Report of the Indian Hemp Drugs Commission, 1894-1895 - Volume IV
Year: 1894
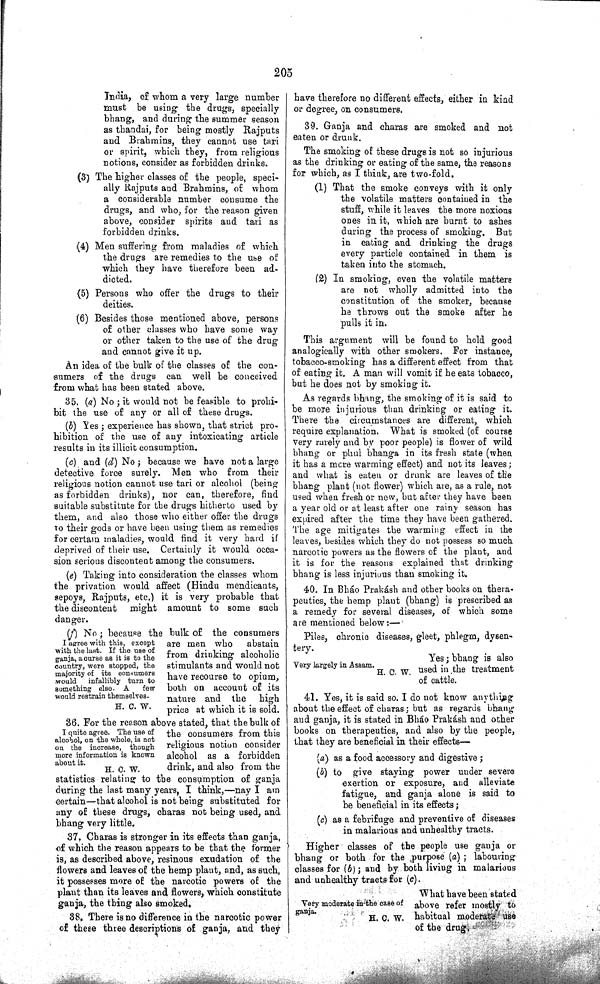
205
India, of whom a very large number
must be using the drugs, specially
bhang, and during the summer season
as thandai, for being mostly Rajputs
and Brahmins, they cannot use tari
or spirit, which they, from religious
notions, consider as forbidden drinks.
(3) The higher classes of the people, speci-
ally Rajputs and Brahmins, of whom
a considerable number consume the
drugs, and who, for the reason given
above, consider spirits and tari as
forbidden drinks.
(4) Men suffering from maladies of which
the drugs are remedies to the use of
which they have therefore been ad-
dicted.
(5) Persons who offer the drugs to their
deities.
(6) Besides those mentioned above, persons
of other classes who have some way
or other taken to the use of the drug
and cannot give it up.
An idea of the bulk of the classes of the con-
sumers of the drugs can well be conceived
from what has been stated above.
35. (a) No; it would not be feasible to prohi-
bit the use of any or all of these drugs.
(b) Yes; experience has shown, that strict pro-
hibition of the use of any intoxicating article
results in its illicit consumption.
(c) and (d) No; because we have not a large
detective force surely. Men who from their
religious notion cannot use tari or alcohol (being
as forbidden drinks), nor can, therefore, find
suitable substitute for the drugs hitherto used by
them, and also those who either offer the drugs
to their gods or have been using them as remedies
for certain maladies, would find it very hard if
deprived of their use. Certainly it would occa-
sion serious discontent among the consumers.
(e) Taking into consideration the classes whom
the privation would affect (Hindu mendicants,
sepoys, Rajputs, etc.) it is very probable that
the discontent
might amount to some such
danger.
I agree with this, except
with the last. If the use of
ganja, a curse as it is to the
country, were stopped, the
majority of its consumers
would
infallibly turn to
something else. A
few
would restrain themselves.
H. C. W.
(f) No; because the bulk of the consumers
are men who
abstain
from drinking alcoholic
stimulants and would not
have recourse to opium,
both on account of its
nature and the
high
price at which it is sold.
I quite agree. The use of
alcohol, on the whole, is not
on the increase, though
more information is known
about it.
H. C. W.
36. For the reason above stated, that the bulk of
the consumers from this
religious notion consider
alcohol as a forbidden
drink, and also from the
statistics relating to the consumption of ganja
during the last many years, I think,—nay I am
certain—that alcohol is not being substituted for
any of these drugs, charas not being used, and
bhang very little.
37. Charas is stronger in its effects than ganja,
of which the reason appears to be that the former
is, as described above, resinous exudation of the
flowers and leaves of the hemp plant, and, as such,
it possesses more of the narcotic powers of the
plant than its leaves and flowers, which constitute
ganja, the thing also smoked.
38. There is no difference in the narcotic power
of these three descriptions of ganja, and they
have therefore no different effects, either in kind
or degree, on consumers.
39. Ganja and charas are smoked and not
eaten or drunk.
The smoking of these drugs is not so injurious
as the drinking or eating of the same, the reasons
for which, as I think, are two-fold.
(1) That the smoke conveys with it only
the volatile matters contained in the
stuff, while it leaves the more noxious
ones in it, which are burnt to ashes
during the process of smoking. But
in eating and drinking the drugs
every particle contained in them is
taken into the stomach.
(2) In smoking, even the volatile matters
are not wholly admitted into the
constitution of the smoker, because
he throws out the smoke after he
pulls it in.
This argument will be found to hold good
analogically with other smokers. For instance,
tobacco-smoking has a different effect from that
of eating it. A man will vomit if he eats tobacco,
but he does not by smoking it.
As regards bhang, the smoking of it is said to
be more injurious than drinking or eating it.
There the circumstances are different, which
require explanation. What is smoked (of course
very rarely and by poor people) is flower of wild
bhang or phul bhanga in its fresh state (when
it has a more warming effect) and not its leaves;
and what is eaten or drunk are leaves of the
bhang plant (not flower) which are, as a rule, not
used when fresh or new, but after they have been
a year old or at least after one rainy season has
expired after the time they have been gathered.
The age mitigates the warming effect in the
leaves, besides which they do not possess so much
narcotic powers as the flowers of the plant, and
it is for the reasons explained that drinking
bhang is less injurious than smoking it.
40. In Bháo Prakásh and other books on thera-
peutics, the hemp plant (bhang) is prescribed as
a remedy for several diseases, of which some
are mentioned below:—
Very largely in Assam.
H. C. W.
Piles, chronic diseases, gleet, phlegm, dysen-
tery.
Yes; bhang is also
used in the treatment
of cattle.
41. Yes, it is said so. I do not know anything
about the effect of charas; but as regards bhang
and ganja, it is stated in Bháo Prakásh and other
books on therapeutics, and also by the people,
that they are beneficial in their effects—
(a) as a food accessory and digestive;
(b) to give staying power under severe
exertion or exposure, and alleviate
fatigue, and ganja alone is said to
be beneficial in its effects;
(c) as a febrifuge and preventive of diseases
in malarious and unhealthy tracts.
Higher classes of the people use ganja or
bhang or both for the purpose (a); labouring
classes for (b); and by both living in malarious
and unhealthy tracts for (c).
Very moderate in the case of
ganja.
H. C. W.
What have been stated
above refer mostly to
habitual moderate use
of the drug.